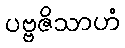
ပဗ္ဗဇိသာဟံ